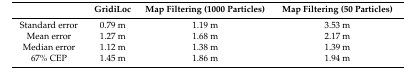
<table><thead><tr><td></td><td><b>GridiLoc</b></td><td><b>Map Filtering (1000 Particles)</b></td><td><b>Map Filtering (50 Particles)</b></td></tr></thead><tbody><tr><td>Standard error</td><td>0.79 m</td><td>1.19 m</td><td>3.53 m</td></tr><tr><td>Mean error</td><td>1.27 m</td><td>1.68 m</td><td>2.17 m</td></tr><tr><td>Median error</td><td>1.12 m</td><td>1.38 m</td><td>1.39 m</td></tr><tr><td>67% CEP</td><td>1.45 m</td><td>1.86 m</td><td>1.94 m</td></tr></tbody></table>